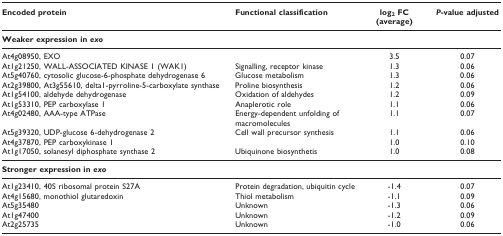
| Encoded protein | Functional classification | log2 FC(average) | P-value adjusted |
 | --- | --- | --- | --- |
 | <COLSPAN=4> Weaker expression in exo |
 | At4g08950, EXO |  | 3.5 | 0.07 |
 | At1g21250, WALL-ASSOCIATED KINASE 1 (WAK1) | Signalling, receptor kinase | 1.3 | 0.06 |
 | At5g40760, cytosolic glucose-6-phosphate dehydrogenase 6 | Glucose metabolism | 1.3 | 0.06 |
 | At2g39800, At3g55610, delta1-pyrroline-5-carboxylate synthase | Proline biosynthesis | 1.2 | 0.06 |
 | At1g54100, aldehyde dehydrogenase | Oxidation of aldehydes | 1.2 | 0.09 |
 | At1g53310, PEP carboxylase 1 | Anaplerotic role | 1.1 | 0.06 |
 | At4g02480, AAA-type ATPase | Energy-dependent unfolding of macromolecules | 1.1 | 0.07 |
 | At5g39320, UDP-glucose 6-dehydrogenase 2 | Cell wall precursor synthesis | 1.1 | 0.06 |
 | At4g37870, PEP carboxykinase 1 |  | 1.0 | 0.10 |
 | At1g17050, solanesyl diphosphate synthase 2 | Ubiquinone biosynthetis | 1.0 | 0.08 |
 | <COLSPAN=4> Stronger expression in exo |
 | At1g23410, 40S ribosomal protein S27A | Protein degradation, ubiquitin cycle | -1.4 | 0.07 |
 | At4g15680, monothiol glutaredoxin | Thiol metabolism | -1.1 | 0.09 |
 | At5g35480 | Unknown | -1.3 | 0.06 |
 | At1g47400 | Unknown | -1.2 | 0.09 |
 | At2g25735 | Unknown | -1.0 | 0.06 |